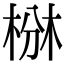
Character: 椕